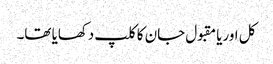
کل اوریا مقبول جان کا کلپ دکھایا تھا۔